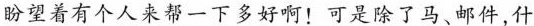
盼望着有个人来帮一下多好啊!可是除了马、邮件什